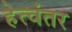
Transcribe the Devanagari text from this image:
हेत्वंतर